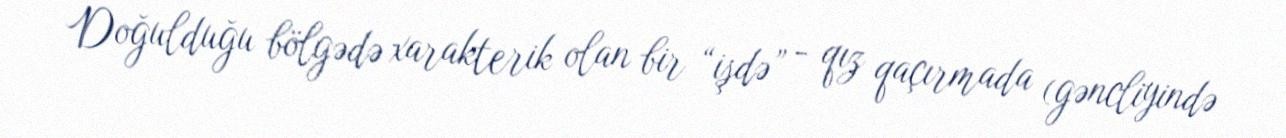
Doğulduğu bölgədə xarakterik olan bir “işdə” - qız qaçırmada (gəncliyində